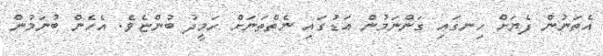
އެތަނުން ފެޔަށް ހިނގައި ގަންނަމުން އަޑުގައި ނެތްތަނަށް ހަމީދު ބުންޏެވެ. އެހެން ބުނަމުން